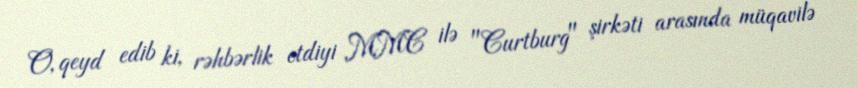
O, qeyd edib ki, rəhbərlik etdiyi MMC ilə "Curtburg" şirkəti arasında müqavilə